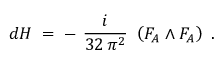
d H \; = \; - ~ \frac { i } { 3 2 \, \pi ^ { 2 } } ~ \left( F _ { A } \wedge F _ { A } \right) ~ .